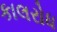
કાલરોધ